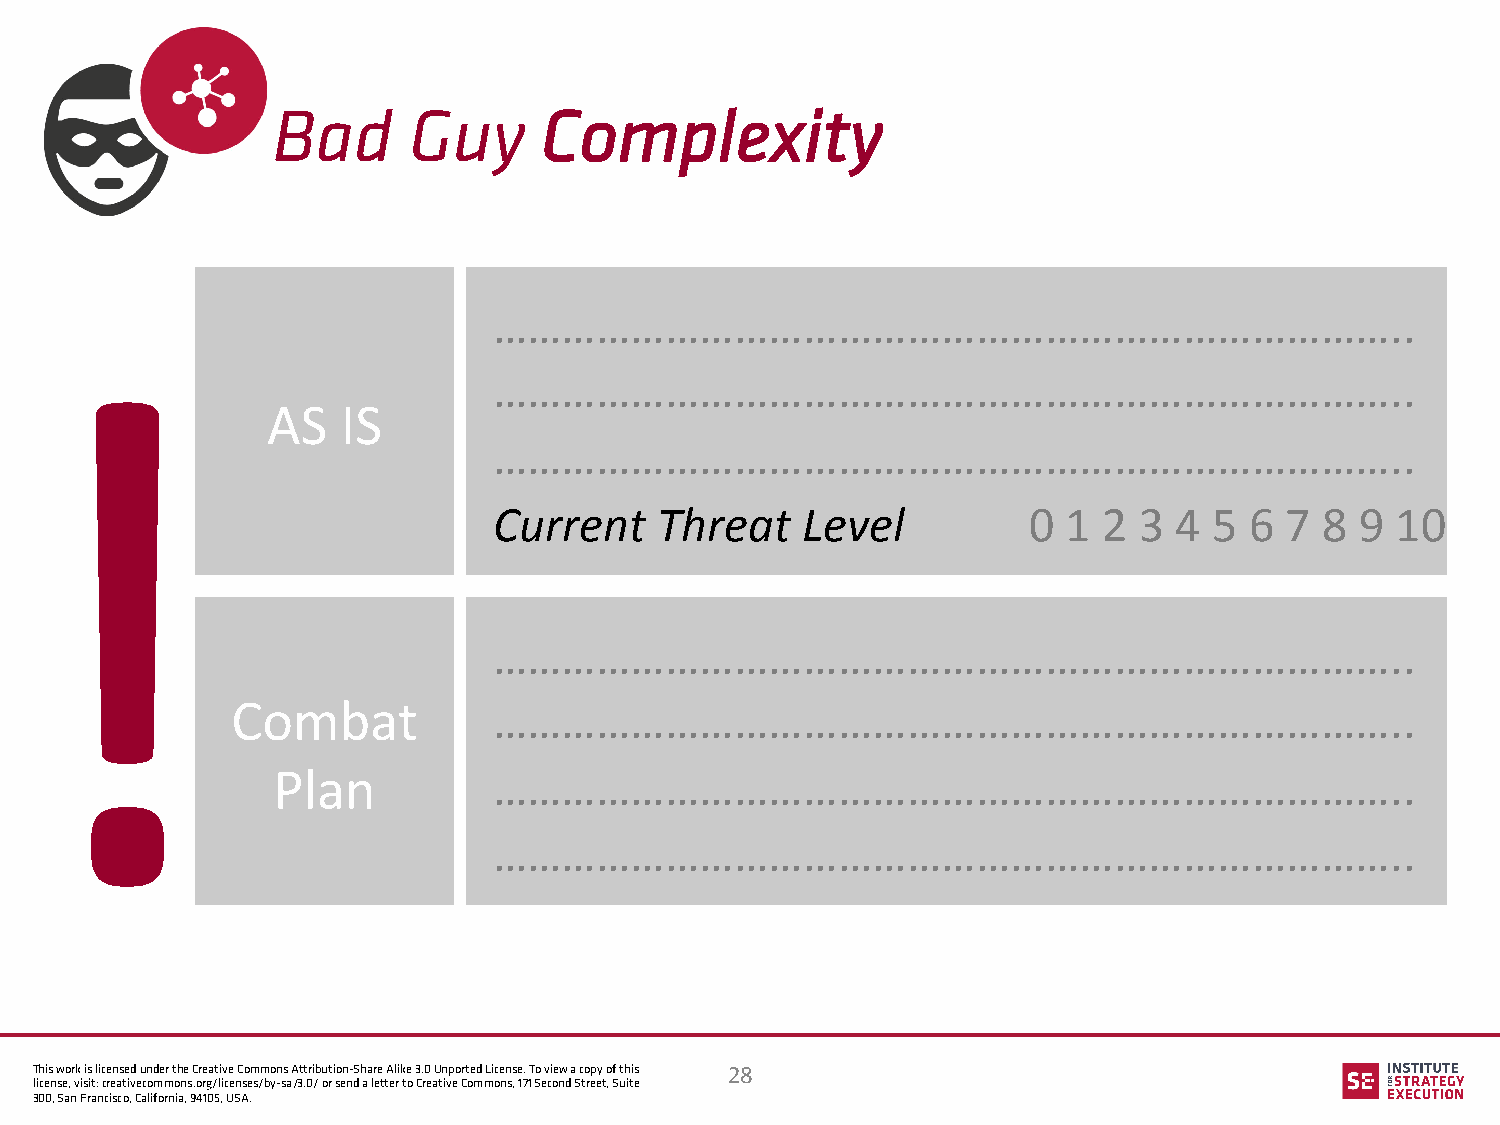
Bad      Guy      Complexity
 ……………………………………………………………………..
 !
 ……………………………………………………………………..
 AS   IS
 ……………………………………………………………………..
 Current    Threat   Level          0  1 2 3  4 5  6 7  8 9 10
 ……………………………………………………………………..
 Combat            ……………………………………………………………………..
 Plan           ……………………………………………………………………..
 ……………………………………………………………………..
 This work is licensed under the Creative Commons Attribution-Share Alike 3.0 Unported License. To view a copy of this 28
 license, visit: creativecommons.org/licenses/by-sa/3.0/ or send a letter to Creative Commons, 171 Second Street, Suite
 300, San Francisco, California, 94105, USA.